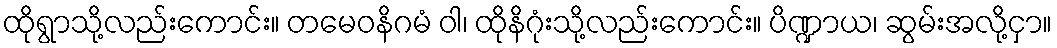
ထိုရွာသို့လည်းကောင်း။ တမေဝနိဂမံ ဝါ၊ ထိုနိဂုံးသို့လည်းကောင်း။ ပိဏ္ဍာယ၊ ဆွမ်းအလို့ငှာ။